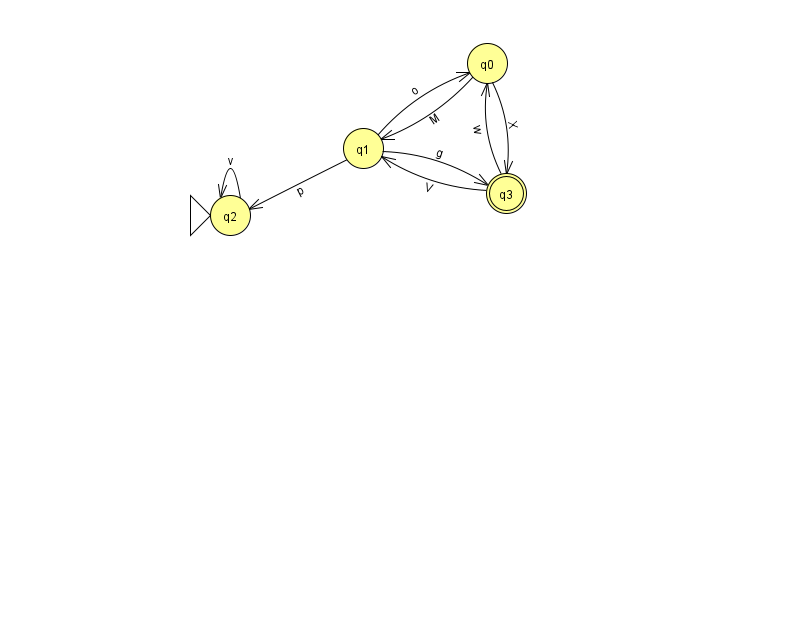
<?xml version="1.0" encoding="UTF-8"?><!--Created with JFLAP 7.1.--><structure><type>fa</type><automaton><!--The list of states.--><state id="0" name="q0"><x>487.0</x><y>50.0</y></state><state id="1" name="q1"><x>363.0</x><y>135.0</y></state><state id="2" name="q2"><x>230.0</x><y>202.0</y><initial/></state><state id="3" name="q3"><x>506.0</x><y>180.0</y><final/></state><!--The list of transitions.--><transition><from>0</from><to>3</to><read>X</read></transition><transition><from>0</from><to>1</to><read>M</read></transition><transition><from>1</from><to>2</to><read>p</read></transition><transition><from>1</from><to>0</to><read>o</read></transition><transition><from>2</from><to>2</to><read>v</read></transition><transition><from>3</from><to>1</to><read>V</read></transition><transition><from>1</from><to>3</to><read>g</read></transition><transition><from>3</from><to>0</to><read>w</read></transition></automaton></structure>